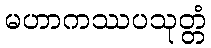
မဟာကဿပသုတ္တံ